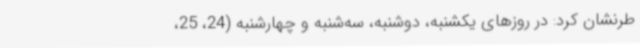
طرنشان کرد: در روزهای یکشنبه، دوشنبه، سه‌شنبه و چهارشنبه (24، 25،